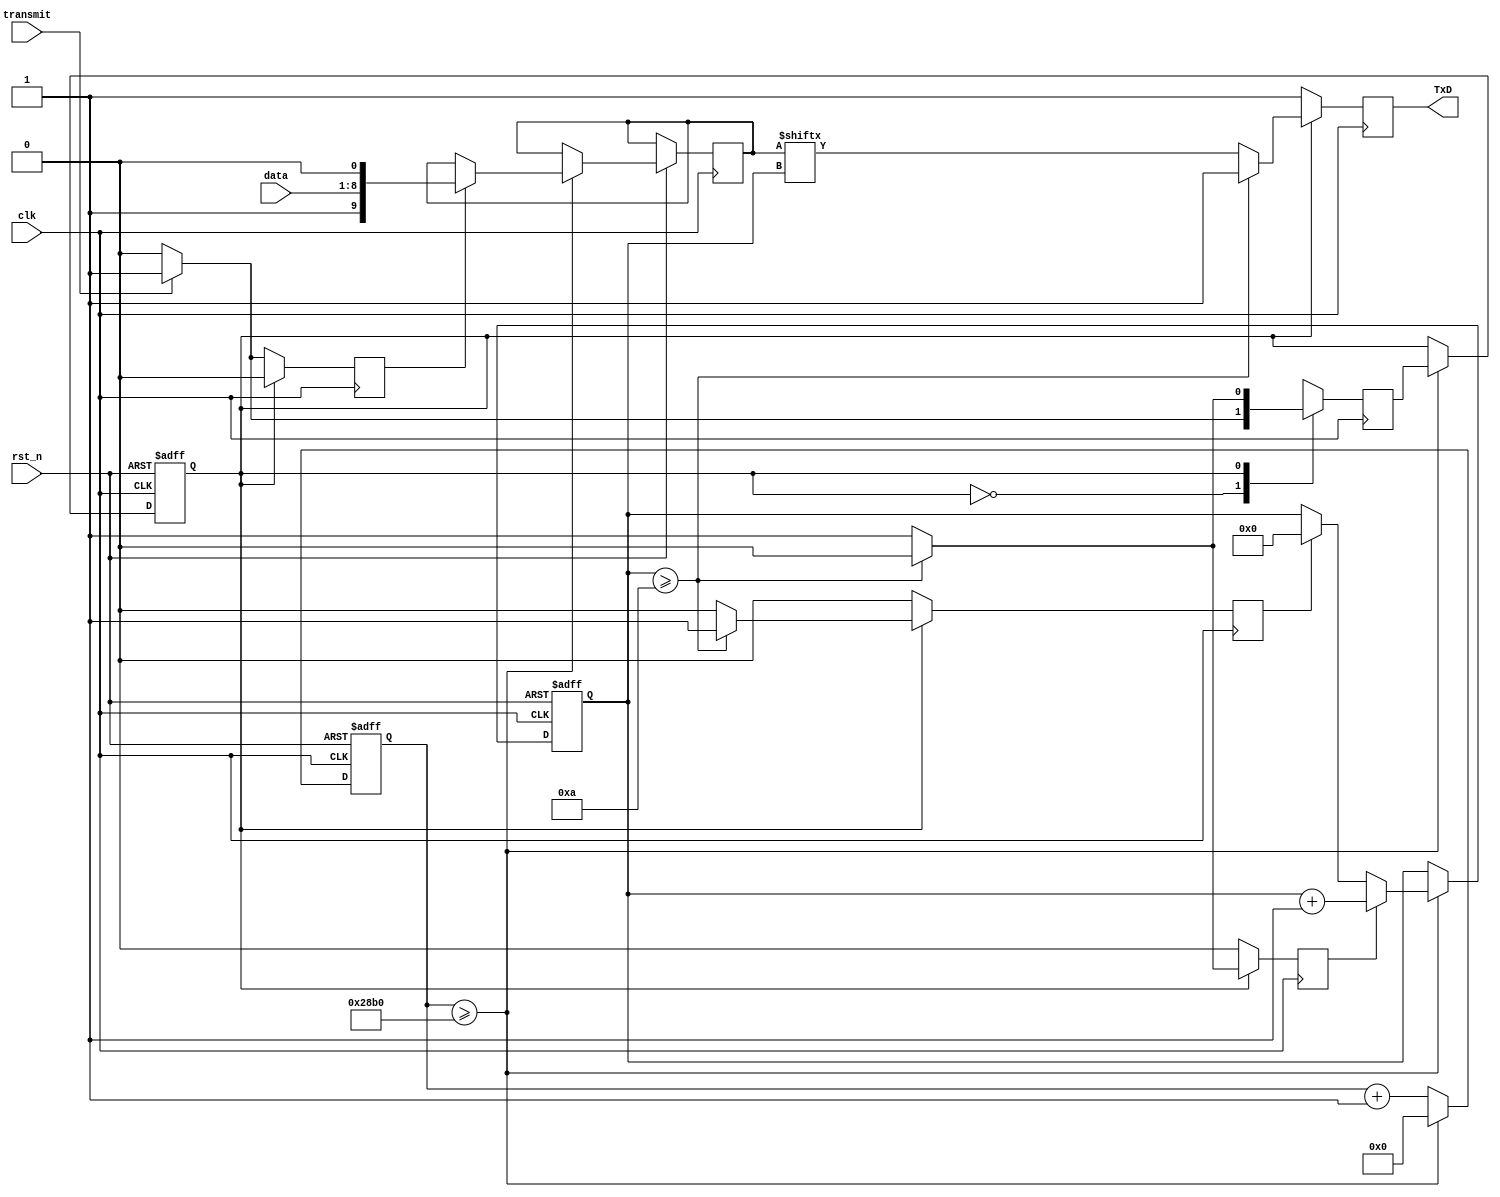
`timescale 1ns / 1ps
//////////////////////////////////////////////////////////////////////////////////
// Company: Sun Yat-sen University
// 
// Design Name: UART transmitter
// Module Name: transmitter
// Project Name: SimpleCPU
// Target Devices: Basys3
// Tool Versions: Vivado 2018.1
// Description: 
// 
// Dependencies: 
// 
// Revision:
// Revision 0.01 - File Created
// Additional Comments:
// 
//////////////////////////////////////////////////////////////////////////////////

module uart_transmitter#(
    parameter CLK_FREQ = 100000000
)(
    input clk, // 100MHz System clock
    input rst_n, // reset signal

    input transmit, // btn signal to trigger the UART communication
    input [7:0] data, // data transmitted
    output reg TxD // Transmitter serial output. TxD will be held high during reset, or when no transmissions aretaking place. 
    );

    // constants
    localparam STATE_READY = 0; // keep waiting until transmit signal was triggered.
    localparam STATE_TRANSMIT = 1; // transmitting data, load = 1, shift = clear = 0

    localparam DATA_WIDTH = 8;
    localparam TRAN_WIDTH = DATA_WIDTH + 2;

    localparam BAUD_RATE = 9600;
    localparam CNT_DIV = CLK_FREQ / BAUD_RATE;

    // variables
    reg [3:0] bit; // 4 bits counter to count up to TRAN_WIDTH
    reg [13:0] counter; // 14 bits counter to count the baud rate = 9600, counter = clock / baud rate = 10416
    reg state, next_state; // initial & next state variable
    // 10 bits needed to be shifted out during transmission.
    // The least significant bit is initialized with the binary value 0 (a start bit) A binary value ?1? is introduced in the most significant bit 
    reg [TRAN_WIDTH-1:0] cached;
    reg shift; // shift signal to start bit shifting in UART
    reg load; // load signal to start loading the data into rightshift register and add start and stop bit
    reg clear; // clear signal to start reset the bit for UART transmission

    // UART transmission logic
    always @(posedge clk, negedge rst_n) 
    begin 
        if (!rst_n)
        begin
            state <= STATE_READY;
            counter <= 0;
            bit <= 0;
        end
        else
        begin
            counter <= counter + 1;
            if (counter >= CNT_DIV)
            begin
                state <= next_state;
                counter <= 0;
                if (load)
                    cached <= {1'b1, data, 1'b0}; // load the data to be transmitted if load is asserted, add start 0 and stop 1 bits.
                if (clear)
                    bit <= 0;
                if (shift) 
                    bit <= bit + 1;
            end
        end
    end 

    // Mealy state machine
    always @(posedge clk) //trigger by positive edge of clock, 
    begin
        load <= 0;
        shift <= 0;
        clear <= 0;
        TxD <= 1;
        case (state)
            STATE_READY: begin
                if (transmit)
                begin
                    next_state <= STATE_TRANSMIT; // Move to transmit state
                    load <= 1; // set load to 1 to prepare to load the data
                    shift <= 0; // set shift to 0 so no shift ready yet
                    clear <= 0; // set clear to 0 to avoid clear any counter
                end 
                else
                begin
                    next_state <= 0; // next state is back to idle state
                    TxD <= 1; 
                end
            end
            STATE_TRANSMIT: begin
                // if we have completed current transmission
                if (bit >= TRAN_WIDTH)
                begin
                    next_state <= STATE_READY; // set next_state back to 0 to idle state
                    clear <= 1; // clear all counters
                end 
                else
                begin
                    next_state <= STATE_TRANSMIT; // keep transmit state
                    TxD <= cached[bit]; // output TxD
                    shift <= 1; // continue shifting the data
                end
            end
            default:
                next_state <= STATE_READY;                      
        endcase
    end

endmodule